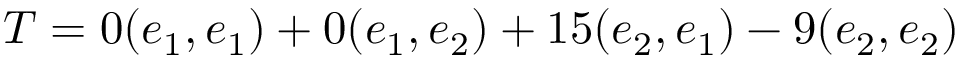
T = 0 ( e _ { 1 } , e _ { 1 } ) + 0 ( e _ { 1 } , e _ { 2 } ) + 1 5 ( e _ { 2 } , e _ { 1 } ) - 9 ( e _ { 2 } , e _ { 2 } )